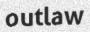
outlaw